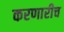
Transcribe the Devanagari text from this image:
करणारीच